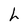
Character: h